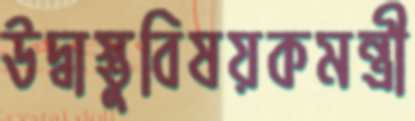
উদ্বাস্তুবিষয়কমন্ত্রী